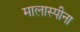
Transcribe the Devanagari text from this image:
मालास्पीना